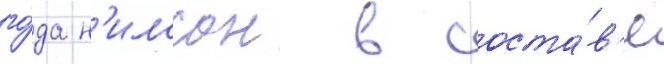
го́да н'илссон в соста́в'е